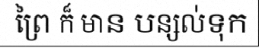
ព្រៃ ក៏ មាន បន្សល់ទុក